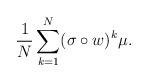
LaTeX: \begin{align*}\frac 1N\sum_{k=1}^N (\sigma\circ w)^k\mu.\end{align*}